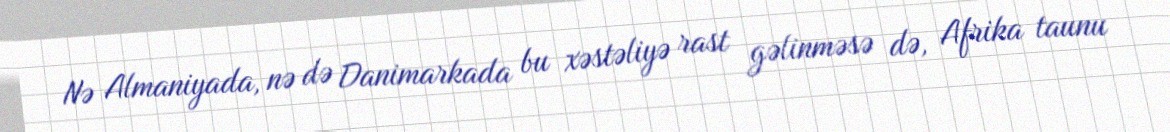
Nə Almaniyada, nə də Danimarkada bu xəstəliyə rast gəlinməsə də, Afrika taunu